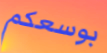
بوسعكم